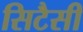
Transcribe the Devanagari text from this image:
सिटैसी